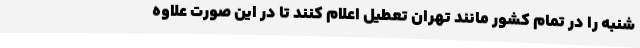
شنبه را در تمام کشور مانند تهران تعطیل اعلام کنند تا در این صورت علاوه